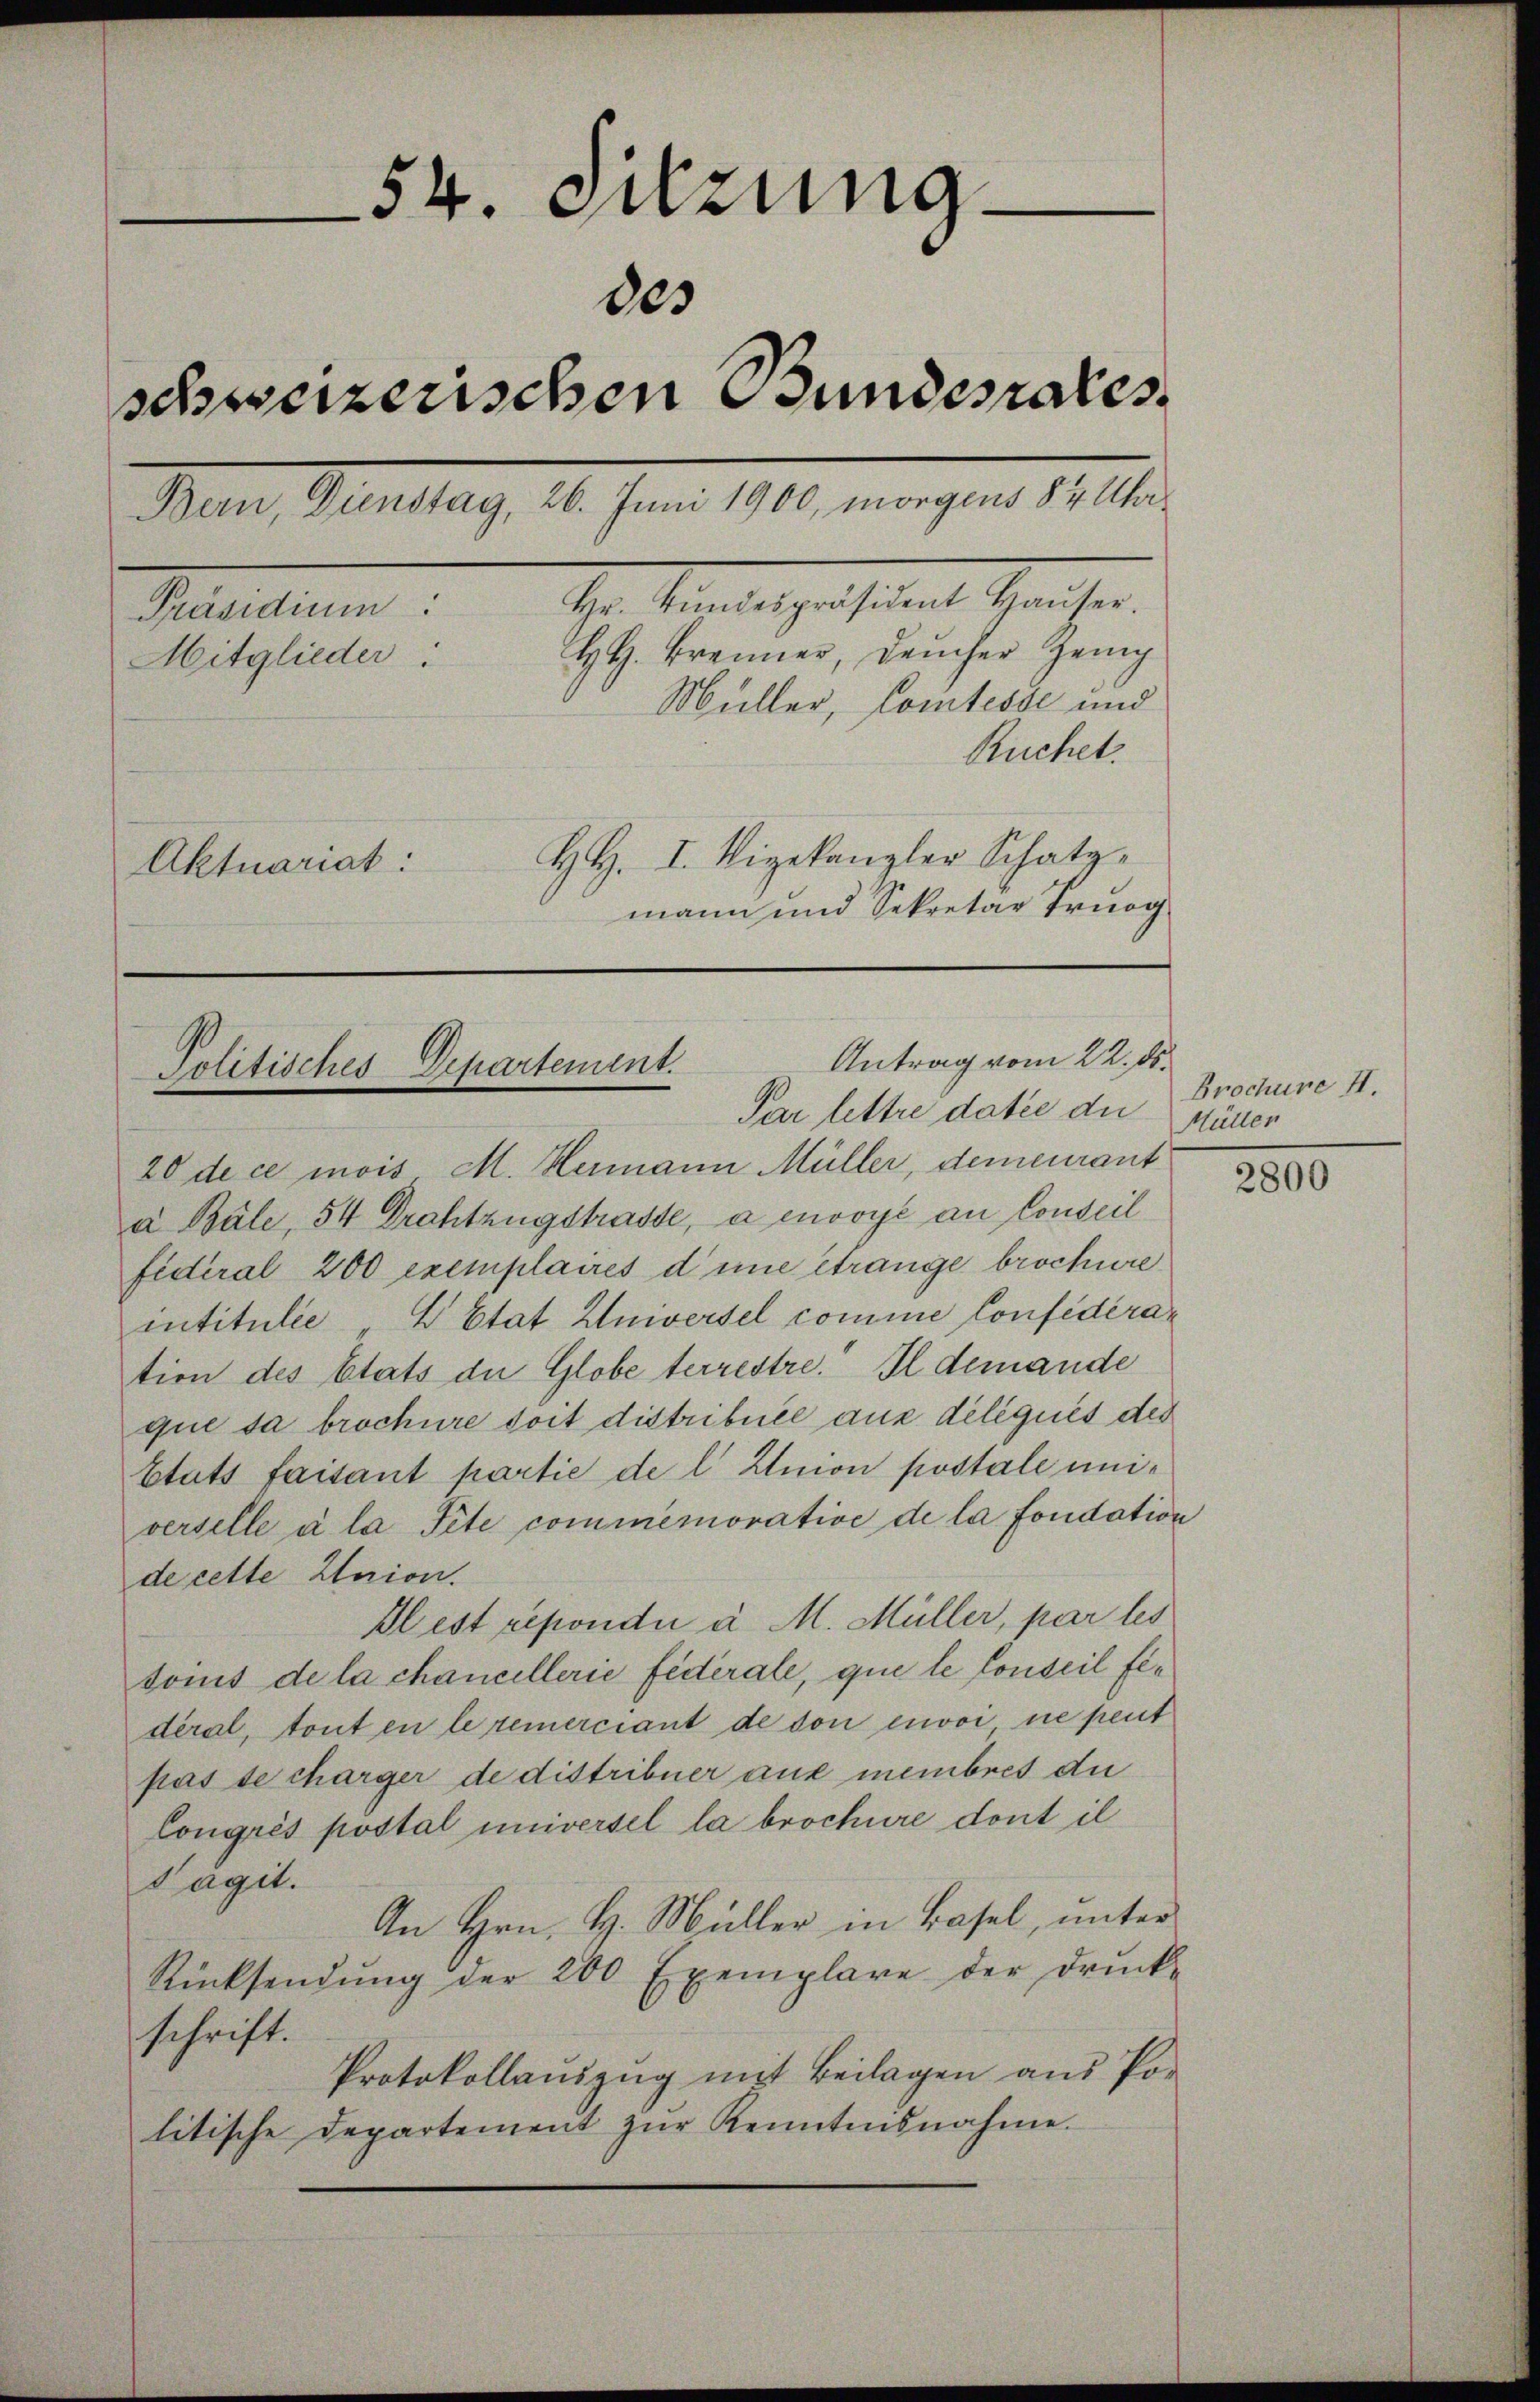
54. Sitzung
des
schweizerischen Bundesrates
Bern, Dienstag, 26. Juni 1900, morgens 8 4 Uhr
hr. Kunstesgestament reicher
Präsidium:
H. H. Brenner, Deucher Zeig
Mitglieder.
Müller, Comtesse und
Ruchet.
HH. I. Vizekanzler Schatz
Aktuariat:
mann und Sekretär Trog

20 de ce mois M. Hermann Müller, demeurant
a Bale, 54 Drahtzugstrasse, a envoyé au Conseil
Fideral 200 exemplaires d’une étrange brochüre
intitulée V Etat Universel comme Confederation des Etats der Globe terrestre. Il demande
que da brochüre doit distribuée aus deliqués des
Etats faisant partie de l Union postale universelle à la Sete commemorative de la fondation
de cette Harion.
Klest répondii a M. Müller, par les
toins de la chancellerie fédérale, que le Conseil fidéral, tout en le remerciant de son envoi ne peut
pas de charger de distribuer auf membres die
Congrés postal universel la brochüre dont il
Tagit.
An Hrn. H. Müller in Basel, unter
Rücksendŭng der 200 Exemplare der drŭck-
schrift.
Protokollauszug mit Beilagen aus Politische Departement zŭr Kenntensnahme.

Antrag vom 22. ds.
Politisches Departement.
Par lettre datie die Müller

Brochüre II.

2800